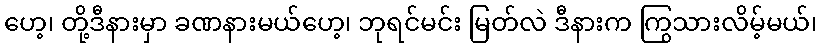
ဟေ့၊ တို့ဒီနားမှာ ခဏနားမယ်ဟေ့၊ ဘုရင်မင်း မြတ်လဲ ဒီနားက ကြွသားလိမ့်မယ်၊